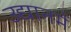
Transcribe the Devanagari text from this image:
उद्यानमें